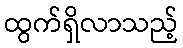
ထွက်ရှိလာသည့်